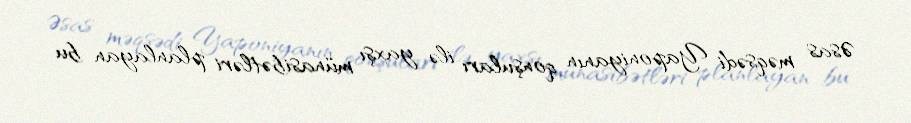
Əsas məqsədi Yaponiyanın qonşuları ilə yaxşı münasibətləri planlayan bu